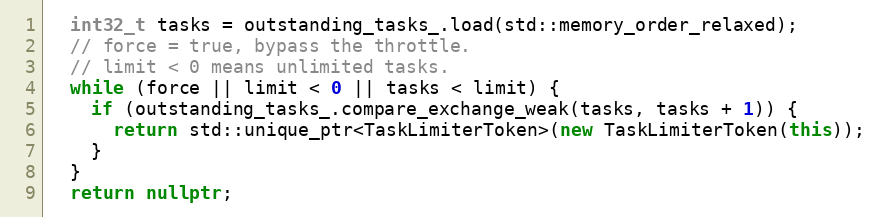
Language: C++
  int32_t tasks = outstanding_tasks_.load(std::memory_order_relaxed);
  // force = true, bypass the throttle.
  // limit < 0 means unlimited tasks.
  while (force || limit < 0 || tasks < limit) {
    if (outstanding_tasks_.compare_exchange_weak(tasks, tasks + 1)) {
      return std::unique_ptr<TaskLimiterToken>(new TaskLimiterToken(this));
    }
  }
  return nullptr;